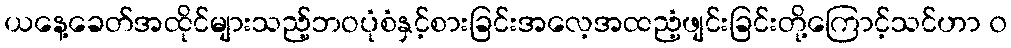
ယနေ့ခေတ်အထိုင်များသည့်ဘဝပုံစံနှင့်စားခြင်းအလေ့အထညံ့ဖျင်းခြင်းတို့ကြောင့်သင်ဟာ ၀